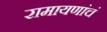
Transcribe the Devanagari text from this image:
रामायणांचं